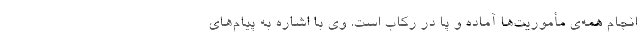
انجام همه‌ی مأموریت‌ها آماده و پا در رکاب است. وی با اشاره به پیام‌های